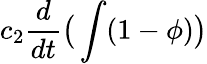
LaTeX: c_{2}\frac{d}{dt}\big(\int(1-\phi)\big)